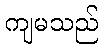
ကျမသည်